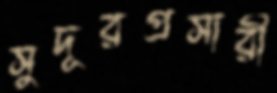
সুদূরপ্রসারী